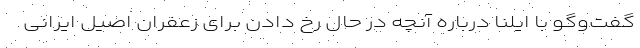
گفت‌وگو با ایلنا درباره آنچه در حال رخ دادن برای زعفران اصیل ایرانی